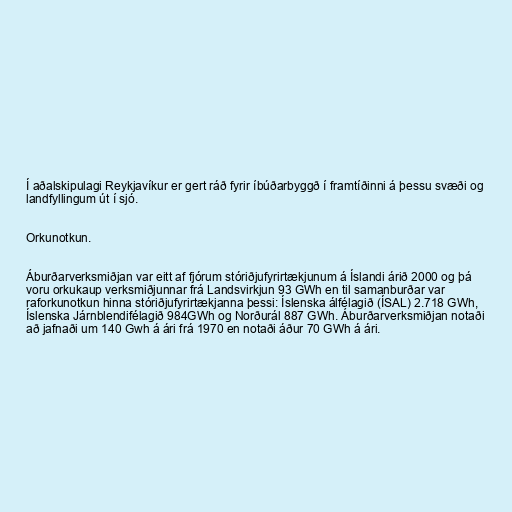
Í aðalskipulagi Reykjavíkur er gert ráð fyrir íbúðarbyggð í framtíðinni á þessu svæði og
landfyllingum út í sjó.

Orkunotkun.

Áburðarverksmiðjan var eitt af fjórum stóriðjufyrirtækjunum á Íslandi árið 2000 og þá
voru orkukaup verksmiðjunnar frá Landsvirkjun 93 GWh en til samanburðar var
raforkunotkun hinna stóriðjufyrirtækjanna þessi: Íslenska álfélagið (ÍSAL) 2.718 GWh,
Íslenska Járnblendifélagið 984GWh og Norðurál 887 GWh. Áburðarverksmiðjan notaði
að jafnaði um 140 Gwh á ári frá 1970 en notaði áður 70 GWh á ári.